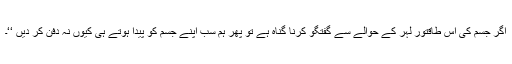
اگر جسم کی اس طاقتور لہر کے حوالے سے گفتگو کرنا گناہ ہے تو پھر ہم سب اپنے جسم کو پیدا ہوتے ہی کیوں نہ دفن کر دیں ‘‘۔